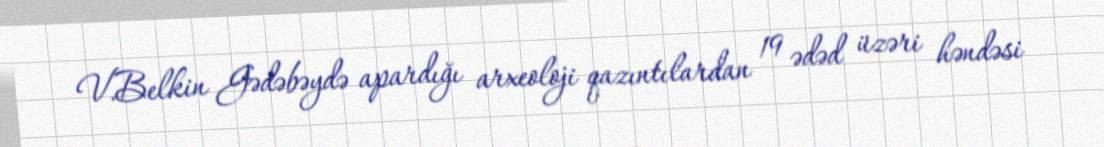
V.Belkin Gədəbəydə apardığı arxeoloji qazıntılardan 19 ədəd üzəri həndəsi